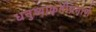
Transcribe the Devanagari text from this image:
धनुष्याकृतीप्रमाणे